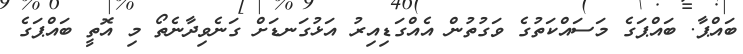
ބައްޕާ. ބައްޕަގެ މަސައްކަތުގެ ވަގުތުން އެއްގަޑިއިރު އަޅުގަނޑަށް ގަނެވިދާނެތޯ މި އޮތީ ބައްޕަގެ